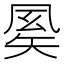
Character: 𥏈